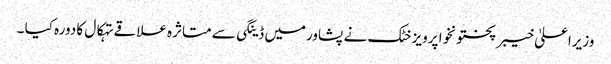
وزیراعلیٰ خیبر پختونخوا پرویز خٹک نے پشاورمیں ڈینگی سے متاثرہ علاقے تہکال کا دورہ کیا ۔